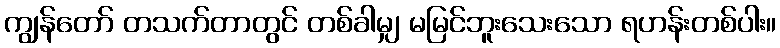
ကျွန်တော် တသက်တာတွင် တစ်ခါမျှ မမြင်ဘူးသေးသော ရဟန်းတစ်ပါး။